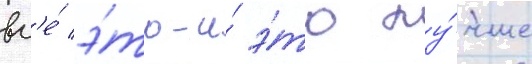
вс'е́ э́то-и́ э́то лу́чше